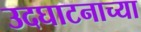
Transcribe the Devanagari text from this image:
उदघाटनाच्या